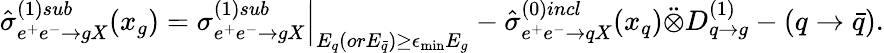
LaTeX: \hat{\sigma}_{e^{+}e^{-}\rightarrow gX}^{(1)sub}(x_{g})=\left.\sigma_{e^{+}e^{-}\rightarrow gX}^{(1)sub}\right|_{E_{q}(orE_{\bar{q}})\geq\epsilon_{\operatorname*{min}}E_{g}}-\hat{\sigma}_{e^{+}e^{-}\rightarrow qX}^{(0)incl}(x_{q})\ddot{\otimes}D_{q\rightarrow g}^{(1)}-(q\rightarrow\bar{q}).